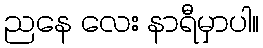
ညနေ လေး နာရီမှာပါ။